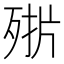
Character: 𣨊